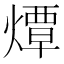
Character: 燂